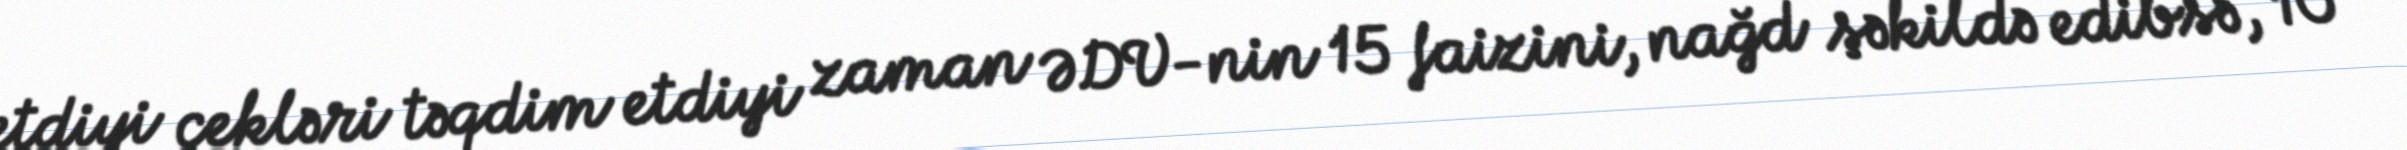
etdiyi çekləri təqdim etdiyi zaman ƏDV-nin 15 faizini, nağd şəkildə edibsə, 10